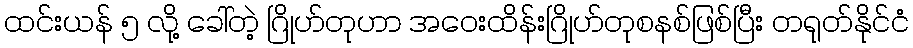
ထင်းယန် ၅ လို့ ခေါ်တဲ့ ဂြိုဟ်တုဟာ အဝေးထိန်းဂြိုဟ်တုစနစ်ဖြစ်ပြီး တရုတ်နိုင်ငံ